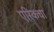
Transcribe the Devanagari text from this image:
एरिकचा